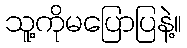
သူ့ကိုမပြောပြနဲ့။